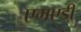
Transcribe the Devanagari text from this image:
एमएडी